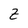
Character: Z